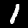
Label: 1